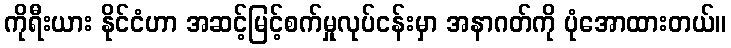
ကိုရီးယား နိုင်ငံဟာ အဆင့်မြင့်စက်မှုလုပ်ငန်းမှာ အနာဂတ်ကို ပုံအောထားတယ်။